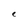
Character: e